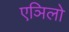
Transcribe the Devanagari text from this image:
एञिलो